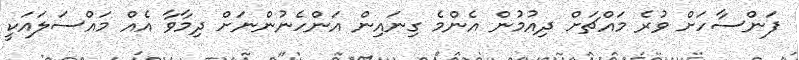
ފަންސާހަށް ވުރެ މައްޗަށް ދިއުމުން އެންމެ ގިނައިން އަންހެނުންނަށް ދިމާވާ އެއް މައްސަލައަކީ